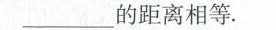
__的距离相等。